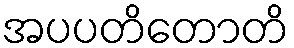
အပပတိတောတိ